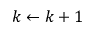
k \gets k + 1